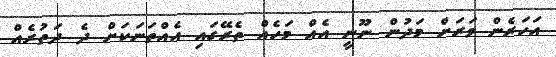
އަހަރެން ވަރަށް މަދުން ނޫނީ އެއް މަހެއް ތެރޭގައި އެއްތަނަަކަށް ދެ ދަތުރެއް